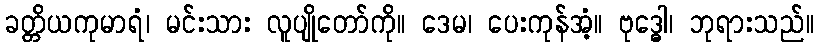
ခတ္တိယကုမာရံ၊ မင်းသား လူပျိုတော်ကို။ ဒေမ၊ ပေးကုန်အံ့။ ဗုဒ္ဓေါ၊ ဘုရားသည်။